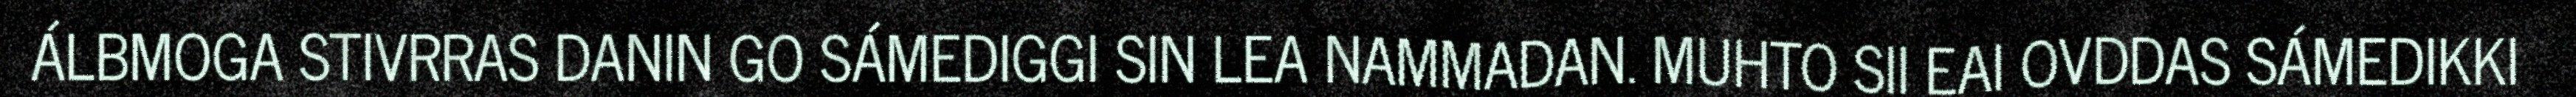
ÁLBMOGA STIVRRAS DANIN GO SÁMEDIGGI SIN LEA NAMMADAN. MUHTO SII EAI OVDDAS SÁMEDIKKI